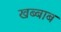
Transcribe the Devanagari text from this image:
खब्बाब